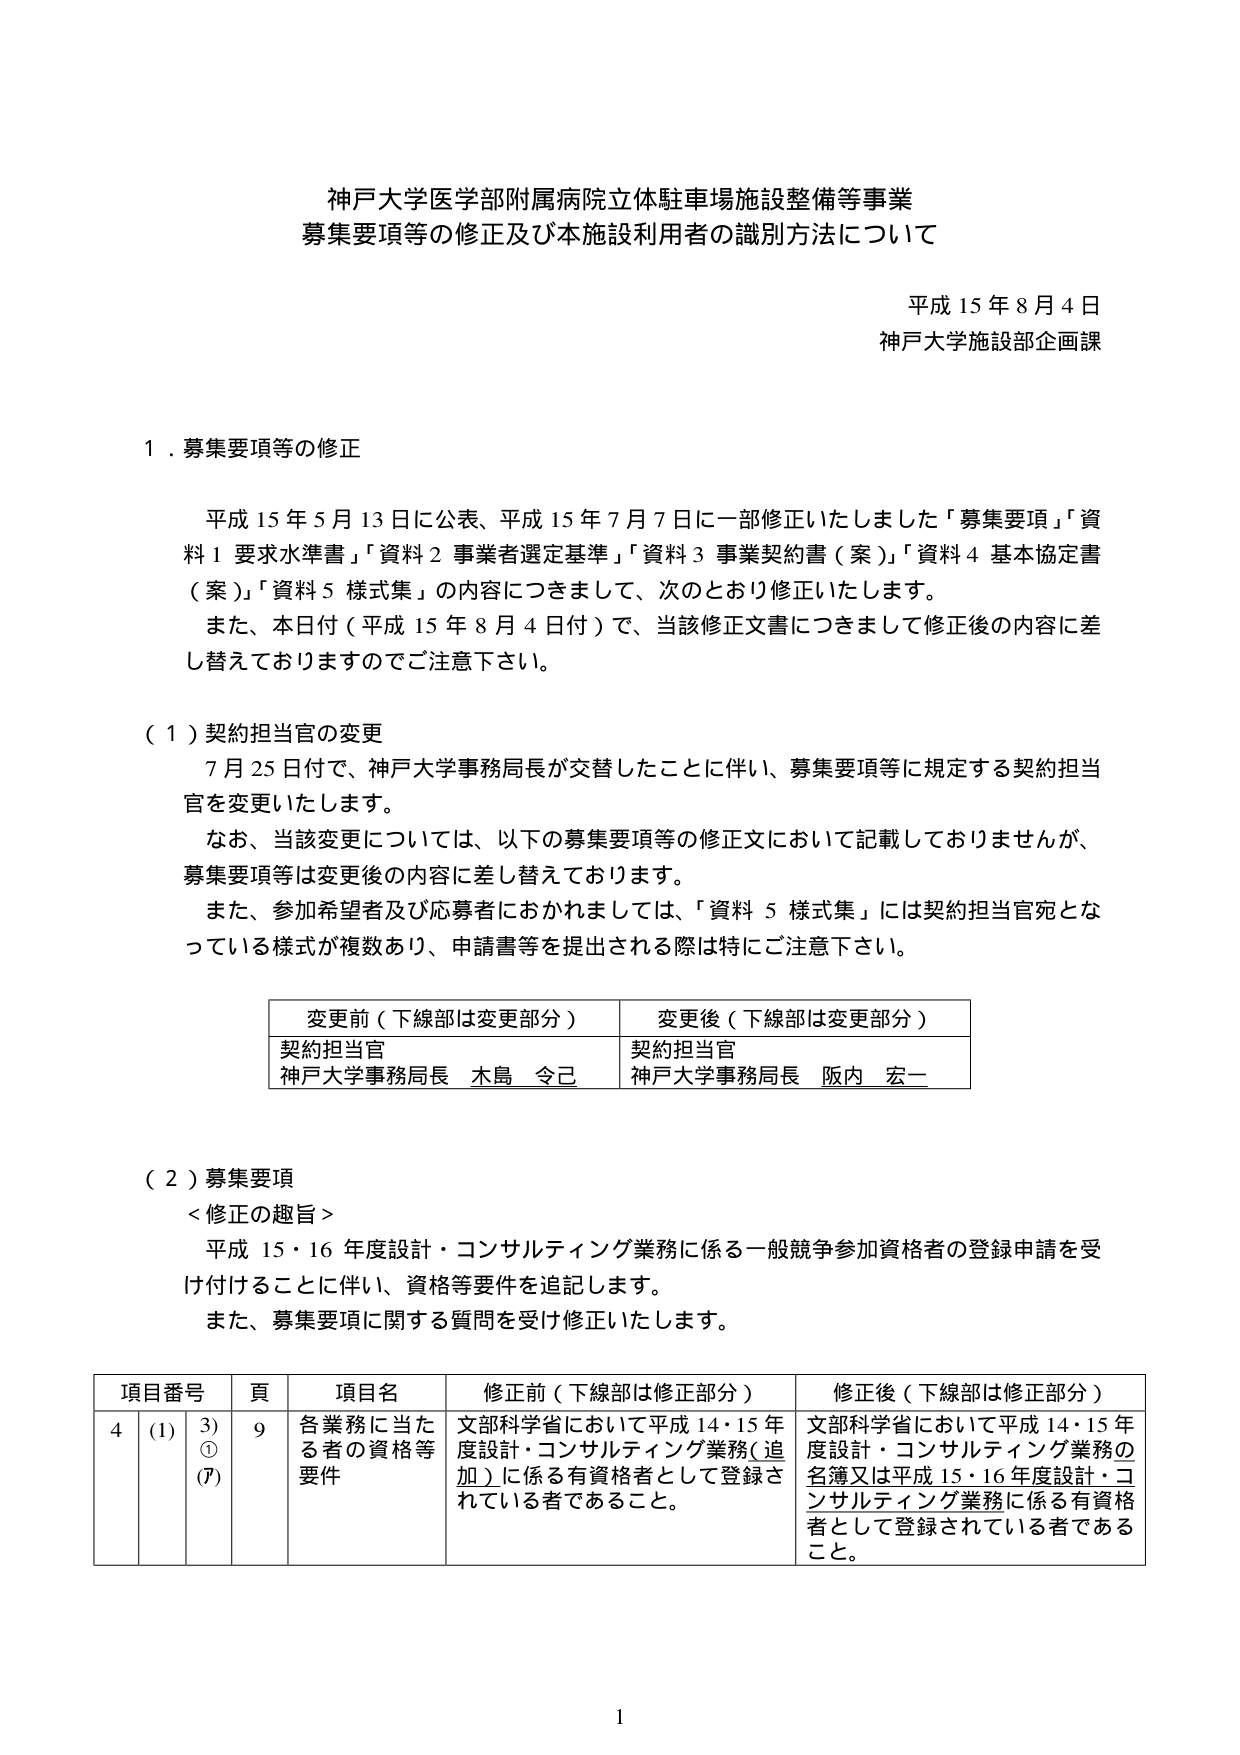
神戸大学医学部附属病院立体駐車場施設整備等事業
募集要項等の修正及び本施設利用者の識別方法について

平成15年8月4日
神戸大学施設部企画課

１．募集要項等の修正

平成15年5月13日に公表、平成15年7月7日に一部修正いたしました「募集要項」「資料1 要求水準書」「資料2 事業者選定基準」「資料3 事業契約書（案）」「資料4 基本協定書（案）」「資料5 様式集」の内容につきまして、次のとおり修正いたします。
また、本日付（平成15年8月4日付）で、当該修正文書につきまして修正後の内容に差し替えておりますのでご注意下さい。

（１）契約担当官の変更
7月25日付で、神戸大学事務局長が交替したことに伴い、募集要項等に規定する契約担当官を変更いたします。
なお、当該変更については、以下の募集要項等の修正文において記載しておりませんが、募集要項等は変更後の内容に差し替えております。
また、参加希望者及び応募者におかれましては、「資料5 様式集」には契約担当官宛となっている様式が複数あり、申請書等を提出される際は特にご注意下さい。

| 変更前（下線部は変更部分） | 変更後（下線部は変更部分） |
|------------------------------|------------------------------|
| 契約担当官<br>神戸大学事務局長 木島 令己 | 契約担当官<br>神戸大学事務局長 阪内 宏一 |

（２）募集要項
＜修正の趣旨＞
平成15・16年度設計・コンサルティング業務に係る一般競争参加資格者の登録申請を受け付けることに伴い、資格等要件を追記します。
また、募集要項に関する質問を受け修正いたします。

| 項目番号 | 頁 | 項目名 | 修正前（下線部は修正部分） | 修正後（下線部は修正部分） |
|----------|----|--------|-----------------------------|-----------------------------|
| 4        | (1) | 3) ① (7) | 9 | 各業務に当たる者の資格等要件 | 文部科学省において平成14・15年度設計・コンサルティング業務（追加）に係る有資格者として登録されている者であること。 | 文部科学省において平成14・15年度設計・コンサルティング業務の名簿又は平成15・16年度設計・コンサルティング業務に係る有資格者として登録されている者であること。 |

1